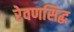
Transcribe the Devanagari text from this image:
रेवणसिद्ध